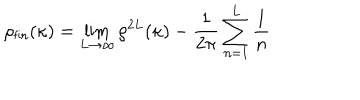
LaTeX: \rho _ { \textsf { f i n } } ( \kappa ) = \lim _ { L \to \infty } \rho ^ { 2 L } ( \kappa ) - \frac { 1 } { 2 \pi } \sum _ { n = 1 } ^ { L } \frac { 1 } { n }